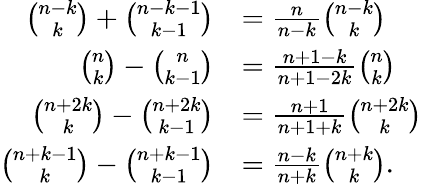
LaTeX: {\begin{array}{rl}{{\binom{n-k}{k}}+{\binom{n-k-1}{k-1}}}&{={\frac{n}{n-k}}{\binom{n-k}{k}}}\\ {{\binom{n}{k}}-{\binom{n}{k-1}}}&{={\frac{n+1-k}{n+1-2k}}{\binom{n}{k}}}\\ {{\binom{n+2k}{k}}-{\binom{n+2k}{k-1}}}&{={\frac{n+1}{n+1+k}}{\binom{n+2k}{k}}}\\ {{\binom{n+k-1}{k}}-{\binom{n+k-1}{k-1}}}&{={\frac{n-k}{n+k}}{\binom{n+k}{k}}.}\end{array}}